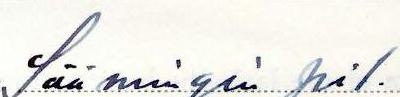
Säämingin pit.